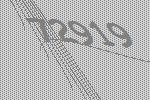
72919